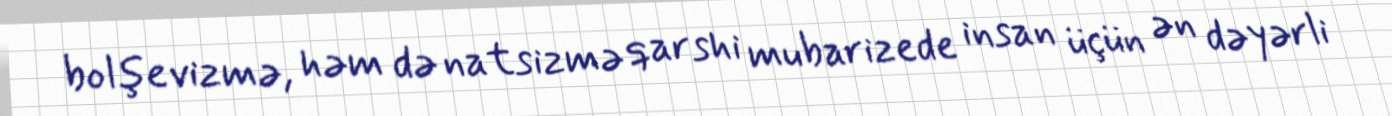
bolşevizmə, həm də natsizmə qarshi mubarizede insan üçün ən dəyərli